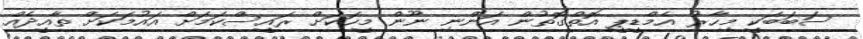
ސަބަބަކީ މިހާރު އެމްޑީޕީ އޮތްގޮތުން އަންނި ނޫން މީހަކަށް ރައީސްކަމަށް އައުމަކަށް ތާއީދެއް